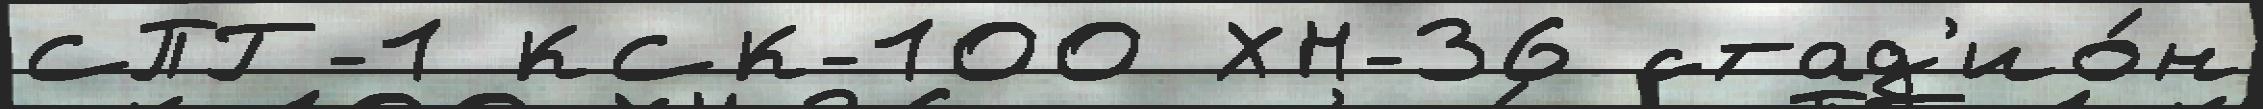
СПГ-1 КСК-100 ХН-36 стад'ио́н